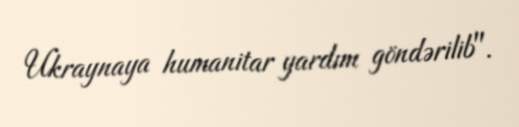
Ukraynaya humanitar yardım göndərilib".